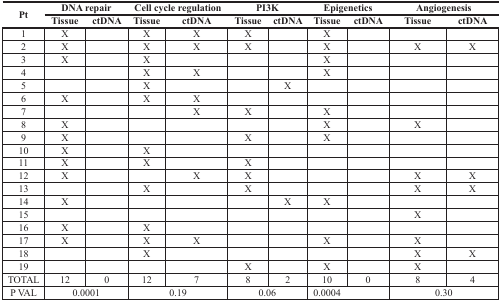
| <ROWSPAN=2> Pt | <COLSPAN=2> DNA repair | <COLSPAN=2> Cell cycle regulation | <COLSPAN=2> PI3K | <COLSPAN=2> Epigenetics | <COLSPAN=2> Angiogenesis |
 | Tissue | ctDNA | Tissue | ctDNA | Tissue | ctDNA | Tissue | ctDNA | Tissue | ctDNA |
 | --- | --- | --- | --- | --- | --- | --- | --- | --- | --- | --- |
 | 1 | X |  | X | X | X |  | X |  |  |  |
 | 2 | X |  | X | X | X |  | X |  | X | X |
 | 3 | X |  | X |  |  |  | X |  |  |  |
 | 4 |  |  | X | X |  |  | X |  |  |  |
 | 5 |  |  | X |  |  | X |  |  |  |  |
 | 6 | X |  | X | X |  |  |  |  |  |  |
 | 7 |  |  |  | X | X |  | X |  |  |  |
 | 8 | X |  |  |  |  |  | X |  | X |  |
 | 9 | X |  |  |  | X |  | X |  |  |  |
 | 10 | X |  | X |  |  |  |  |  |  |  |
 | 11 | X |  | X |  | X |  |  |  |  |  |
 | 12 | X |  |  | X | X |  |  |  | X | X |
 | 13 |  |  | X |  | X |  |  |  | X | X |
 | 14 | X |  |  |  |  | X | X |  |  |  |
 | 15 |  |  |  |  |  |  |  |  | X |  |
 | 16 | X |  | X |  |  |  |  |  |  |  |
 | 17 | X |  | X | X |  |  | X |  | X |  |
 | 18 |  |  | X |  |  |  |  |  | X | X |
 | 19 |  |  |  |  | X |  | X |  | X |  |
 | TOTAL | 12 | 0 | 12 | 7 | 8 | 2 | 10 | 0 | 8 | 4 |
 | P VAL | <COLSPAN=2> 0.0001 | <COLSPAN=2> 0.19 | <COLSPAN=2> 0.06 | <COLSPAN=2> 0.0004 | <COLSPAN=2> 0.30 |